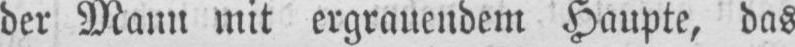
der Manu mit ergrauendem Haupte, das